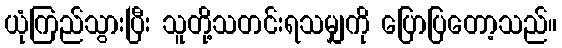
ယုံကြည်သွားပြီး သူတို့သတင်းရသမျှကို ပြောပြတော့သည်။